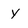
Character: y